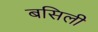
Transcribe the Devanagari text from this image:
बसिली